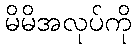
မိမိအလုပ်ကို